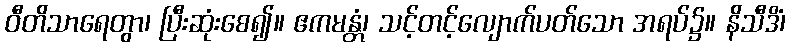
ဝီတိသာရေတွာ၊ ပြီးဆုံးစေ၍။ ဧကမန္တံ၊ သင့်တင့်လျောက်ပတ်သော အရပ်၌။ နိသီဒိံ၊